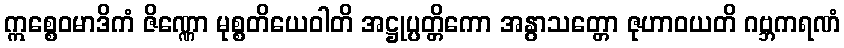
ဣစ္စေဝမာဒိကံ ဇိဏ္ဏော မုစ္စတိယေဝါတိ အဋ္ဌုပ္ပတ္တိကော အနွာသတ္တော ဇုဟာဝယတိ ဂဗ္ဘကရဏံ